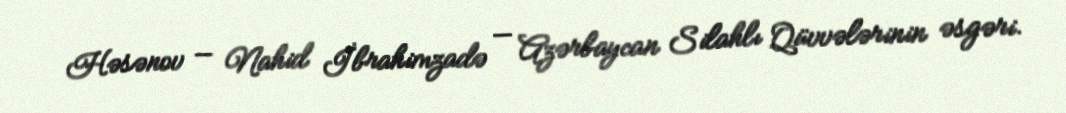
Həsənov — Nahid İbrahimzadə — Azərbaycan Silahlı Qüvvələrinin əsgəri.